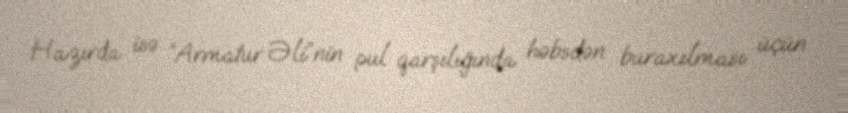
Hazırda isə “Armatur Əli”nin pul qarşılığında həbsdən buraxılması üçün